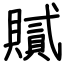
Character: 𧸐